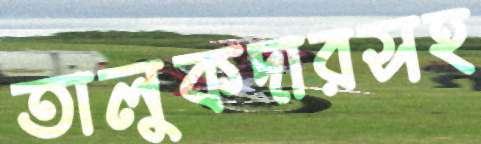
তালুকদারসহ